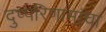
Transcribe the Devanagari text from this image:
दुष्परिणामांचा